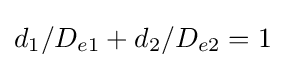
d_{1}/D_{e1}+d_{2}/D_{e2}=1